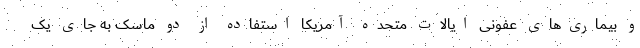
و بیماری‌های عفونی ایالات متحده آمریکا استفاده از دو ماسک به جای یک